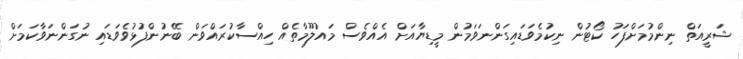
ޝަރީއަތް ނިންމުމަށްފަހު ކޯޓުން ނިކުމެވަޑައިގަންނަވަމުން މީޑިޔާއަށް އެއްވެސް މައުލޫމާތެއް ހިއްސާކުރައްވަން ބޭނުންފުޅުވެވަޑައި ނުގަންނަވާކަމަށް